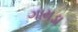
ગામડા